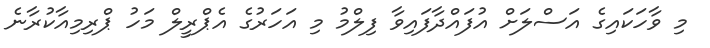
މި ވާހަކައިގެ އަސްލަށް އުފައްދާފައިވާ ފިލްމު މި އަހަރުގެ އެޕްރީލް މަހު ޕްރިމިއާކުރާނެ